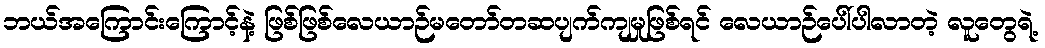
ဘယ်အကြောင်းကြောင့်နဲ့ ဖြစ်ဖြစ်လေယာဉ်မတော်တဆပျက်ကျမှုဖြစ်ရင် လေယာဉ်ပေါ်ပါလာတဲ့ လူတွေရဲ့